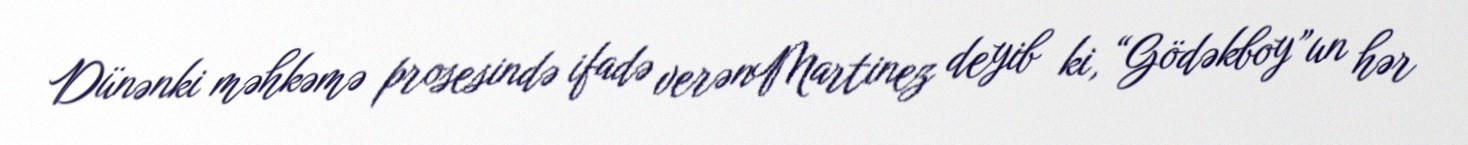
Dünənki məhkəmə prosesində ifadə verənMartinez deyib ki, “Gödəkboy”un hər